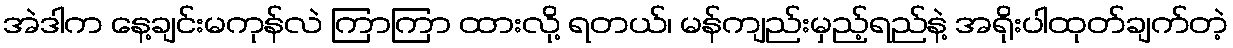
အဲဒါက နေ့ချင်းမကုန်လဲ ကြာကြာ ထားလို့ ရတယ်၊ မန်ကျည်းမှည့်ရည်နဲ့ အရိုးပါထုတ်ချက်တဲ့